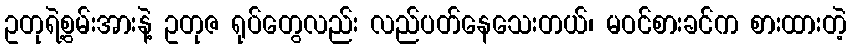
ဥတုရဲ့စွမ်းအားနဲ့ ဥတုဇ ရုပ်တွေလည်း လည်ပတ်နေသေးတယ်၊ မဝင်စားခင်က စားထားတဲ့